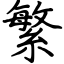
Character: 繁